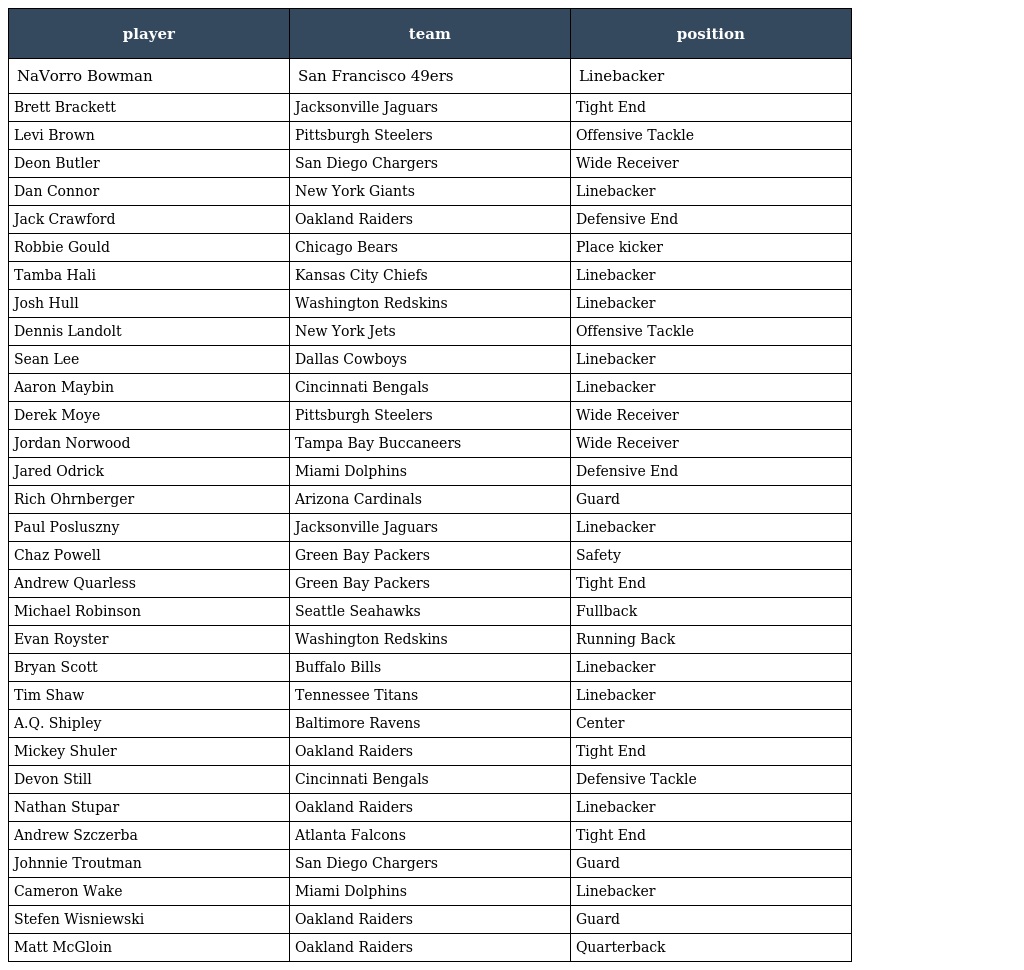
| player | team | position |
 | --- | --- | --- |
 | NaVorro Bowman | San Francisco 49ers | Linebacker |
 | Brett Brackett | Jacksonville Jaguars | Tight End |
 | Levi Brown | Pittsburgh Steelers | Offensive Tackle |
 | Deon Butler | San Diego Chargers | Wide Receiver |
 | Dan Connor | New York Giants | Linebacker |
 | Jack Crawford | Oakland Raiders | Defensive End |
 | Robbie Gould | Chicago Bears | Place kicker |
 | Tamba Hali | Kansas City Chiefs | Linebacker |
 | Josh Hull | Washington Redskins | Linebacker |
 | Dennis Landolt | New York Jets | Offensive Tackle |
 | Sean Lee | Dallas Cowboys | Linebacker |
 | Aaron Maybin | Cincinnati Bengals | Linebacker |
 | Derek Moye | Pittsburgh Steelers | Wide Receiver |
 | Jordan Norwood | Tampa Bay Buccaneers | Wide Receiver |
 | Jared Odrick | Miami Dolphins | Defensive End |
 | Rich Ohrnberger | Arizona Cardinals | Guard |
 | Paul Posluszny | Jacksonville Jaguars | Linebacker |
 | Chaz Powell | Green Bay Packers | Safety |
 | Andrew Quarless | Green Bay Packers | Tight End |
 | Michael Robinson | Seattle Seahawks | Fullback |
 | Evan Royster | Washington Redskins | Running Back |
 | Bryan Scott | Buffalo Bills | Linebacker |
 | Tim Shaw | Tennessee Titans | Linebacker |
 | A.Q. Shipley | Baltimore Ravens | Center |
 | Mickey Shuler | Oakland Raiders | Tight End |
 | Devon Still | Cincinnati Bengals | Defensive Tackle |
 | Nathan Stupar | Oakland Raiders | Linebacker |
 | Andrew Szczerba | Atlanta Falcons | Tight End |
 | Johnnie Troutman | San Diego Chargers | Guard |
 | Cameron Wake | Miami Dolphins | Linebacker |
 | Stefen Wisniewski | Oakland Raiders | Guard |
 | Matt McGloin | Oakland Raiders | Quarterback |